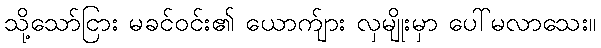
သို့သော်ငြား မခင်ဝင်း၏ ယောက်ျား လှမျိုးမှာ ပေါ်မလာသေး။